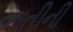
બાતીની